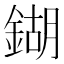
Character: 鍸